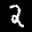
Label: 2